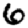
Digit: 6